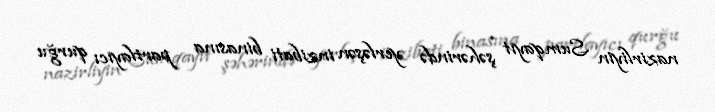
nazirliyin Sumqayıt şəhərində yerləşən inzibati binasına partlayıcı qurğu